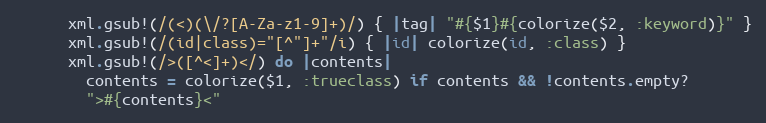
Language: Ruby
      xml.gsub!(/(<)(\/?[A-Za-z1-9]+)/) { |tag| "#{$1}#{colorize($2, :keyword)}" }
      xml.gsub!(/(id|class)="[^"]+"/i) { |id| colorize(id, :class) }
      xml.gsub!(/>([^<]+)</) do |contents|
        contents = colorize($1, :trueclass) if contents && !contents.empty?
        ">#{contents}<"